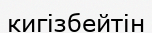
кигізбейтін